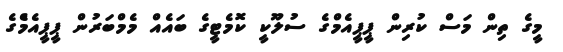
މީގެ ތިން މަސް ކުރިން ޕީޕީއެމްގެ ސުލޫކީ ކޮމެޓީގެ ބައެއް މެމްބަރުން ޕީޕީއެމްެގެ